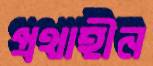
প্রথাহীন